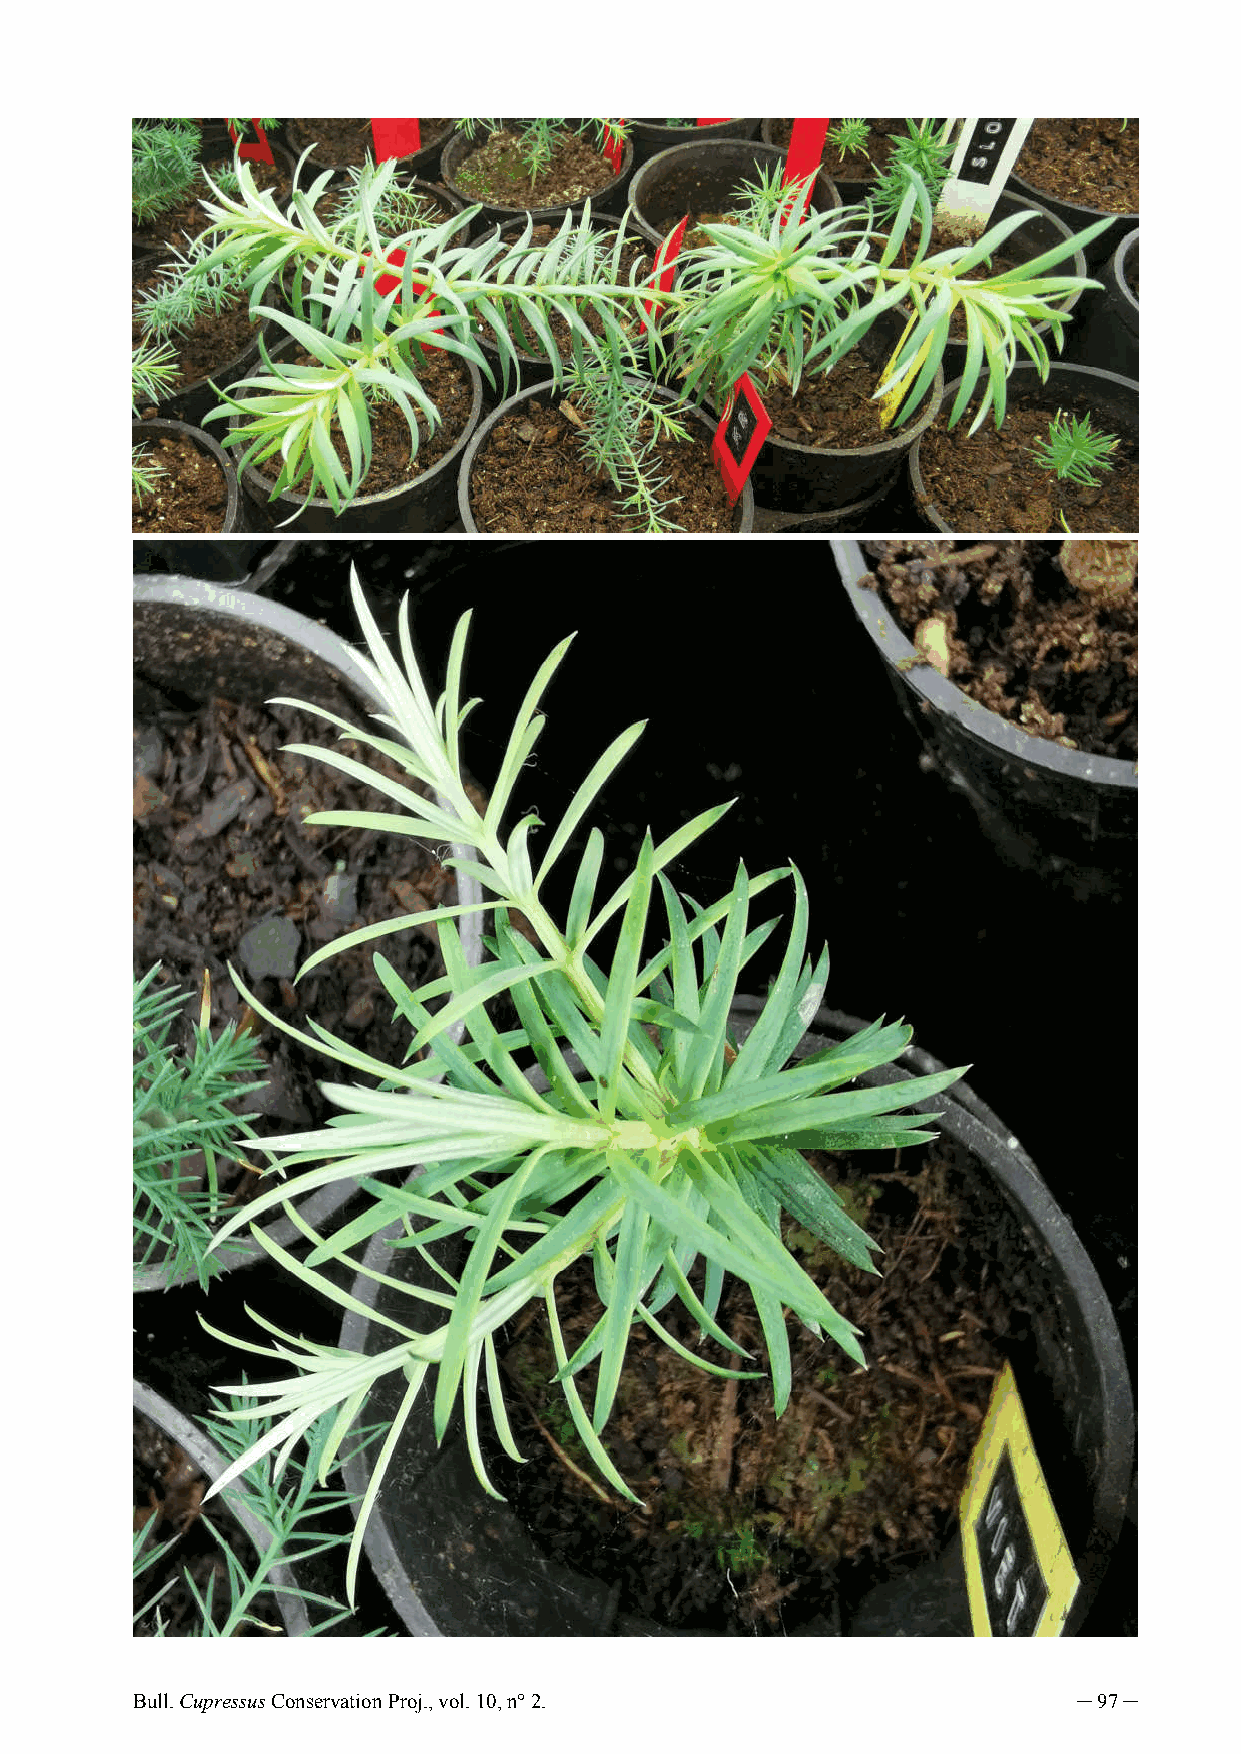
Bull. Cupressus Conservation Proj., vol. 10, n° 2.            ─ 97 ─